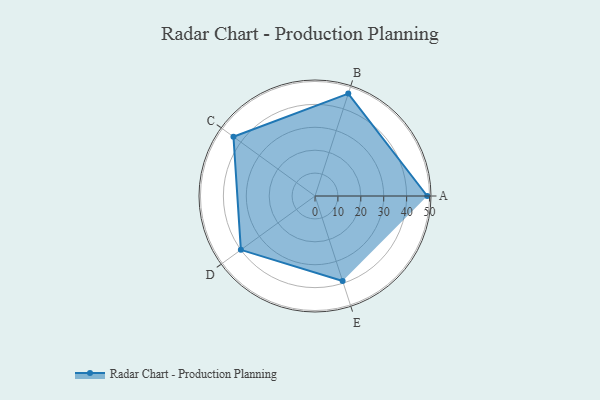
{"axis": {"x": "Skill", "y": "Score"}, "legend": ["Profile"], "data": [{"x": "A", "y": 49.0, "type": "Profile"}, {"x": "B", "y": 47.0, "type": "Profile"}, {"x": "C", "y": 44.0, "type": "Profile"}, {"x": "D", "y": 40.0, "type": "Profile"}, {"x": "E", "y": 39.0, "type": "Profile"}]}